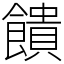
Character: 饋